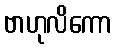
ဗာဟုလိကော